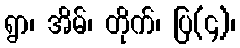
ရွာ၊ အိမ်၊ တိုက်၊ ပြ(၄)၊